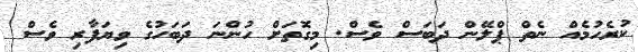
ކުރެހުމެއް ނެތް ޕްލޭން ދަބަސް ވެސް. މިގޮތަށް ހުންނަ ދަބަހުގެ ވިޔަފާރި ވެސް